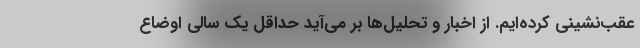
عقب‌نشینی کرده‌ایم. از اخبار و تحلیل‌ها بر می‌آید حداقل یک سالی اوضاع